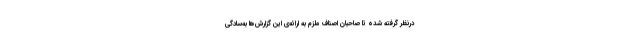
درنظر گرفته شده تا صاحبان اصناف ملزم به ارائه‌ی این گزارش‌ها به‌سادگی